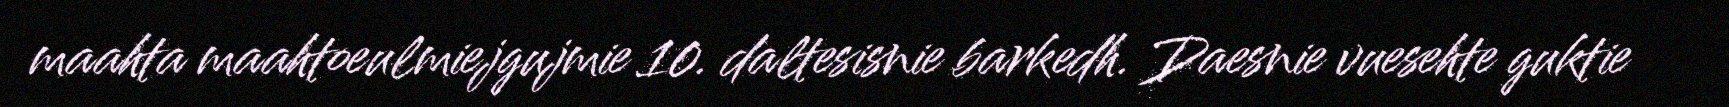
maahta maahtoeulmiejgujmie 10. daltesisnie barkedh. Daesnie vuesehte guktie